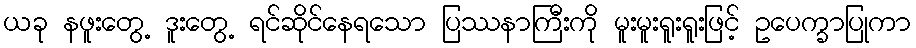
ယခု နဖူးတွေ့ ဒူးတွေ့ ရင်ဆိုင်နေရသော ပြဿနာကြီးကို မူးမူးရူးရူးဖြင့် ဥပေက္ခာပြုကာ